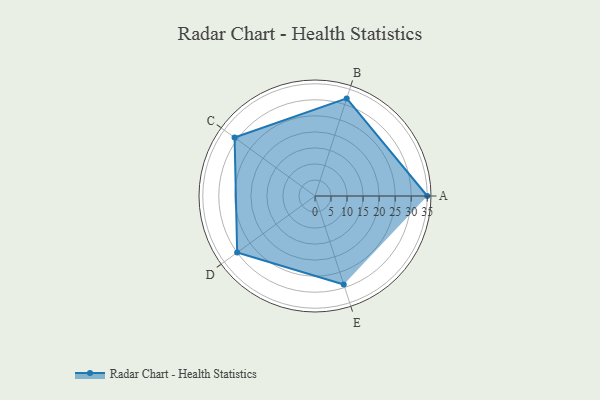
{"axis": {"x": "Skill", "y": "Score"}, "legend": ["Profile"], "data": [{"x": "A", "y": 35.0, "type": "Profile"}, {"x": "B", "y": 32.0, "type": "Profile"}, {"x": "C", "y": 31.0, "type": "Profile"}, {"x": "D", "y": 30.0, "type": "Profile"}, {"x": "E", "y": 29.0, "type": "Profile"}]}